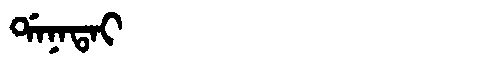
Manchu: ᡩᠠᠨᠠᡨᠠᡳ
Romanization: DANATAI